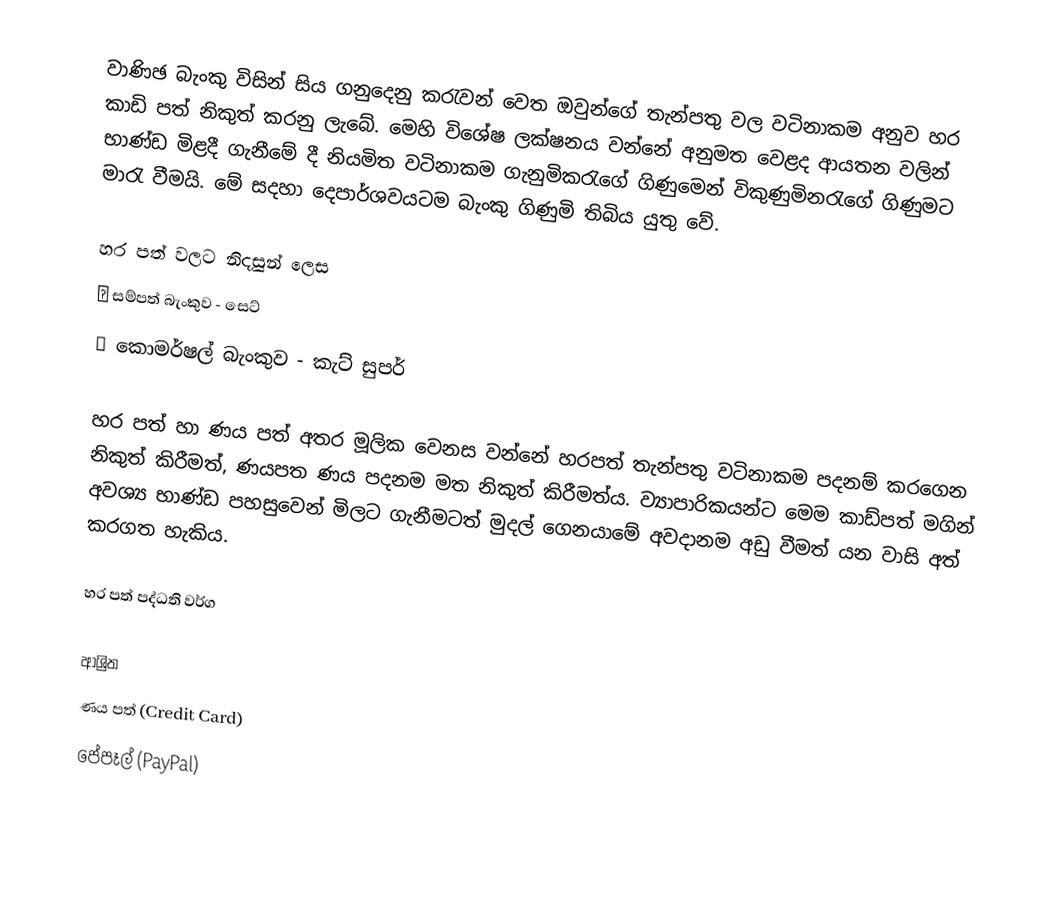
වාණිඡ බැංකු විසින් සිය ගනුදෙනු කරැවන් වෙත ඔවුන්ගේ තැන්පතු වල වටිනාකම අනුව හර කාඩි පත් නිකුත් කරනු ලැබේ. මෙහි විශේෂ ලක්ෂනය වන්නේ අනුමත වෙළද ආයතන වලින් භාණ්ඩ මිළදී ගැනීමේ දී නියමිත වටිනාකම ගැනුමිකරැ‍ගේ ගිණුමෙන් විකුණුමිනරැගේ ගිණුමට මාරැ වීමයි. ‍‍‍මේ සදහා දෙපාර්ශවයටම බැංකු ගිණුමි තිබිය යුතු වේ.

හර පත් වලට නිදසුන් ලෙස
♦ සම්පත් බැංකුව - සෙට්
♦ කොමර්ෂල් බැංකුව - කැට් සුපර්

හර පත් හා ණය පත් අතර මූලික වෙනස වන්නේ හරපත් තැන්පතු වටිනාකම පදනම් කරගෙන නිකුත් කිරීමත්, ණයපත ණය පදනම මත නිකුත් කිරීමත්ය. ව්‍යාපාරිකයන්ට මෙම කාඩ්පත් මගින් අවශ්‍ය භාණ්ඩ පහසු‍වෙන් මිලට ගැනීමටත් මුදල් ගෙනයාමේ අවදානම අඩු වීමත් යන වාසි අත් කරගත හැකිය.

හර පත් පද්ධති වර්ග

ආශ්‍රිත
 ණය පත් (Credit Card)
 පේපෑල් (PayPal)